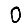
Digit: 0